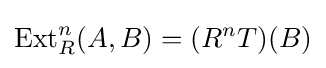
\operatorname {Ext} _{R}^{n}(A,B)=(R^{n}T)(B)